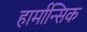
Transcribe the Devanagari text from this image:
हार्मान्सिक